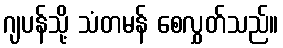
ဂျပန်သို့ သံတမန် စေလွှတ်သည်။